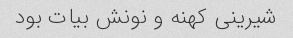
شیرینی کهنه و نونش بیات بود